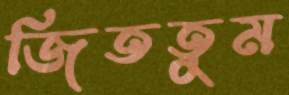
জিততুম